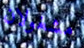
مشغولان